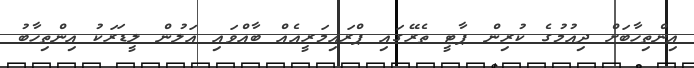
އިންތިހާބަށް ދިއުމުގެ ކުރިން ޕާޓީ ތެރޭގައި ޕްރައިމަރީއެއް ބާއްވައި އަލުން ލީޑަރަކު އިންތިހާބު